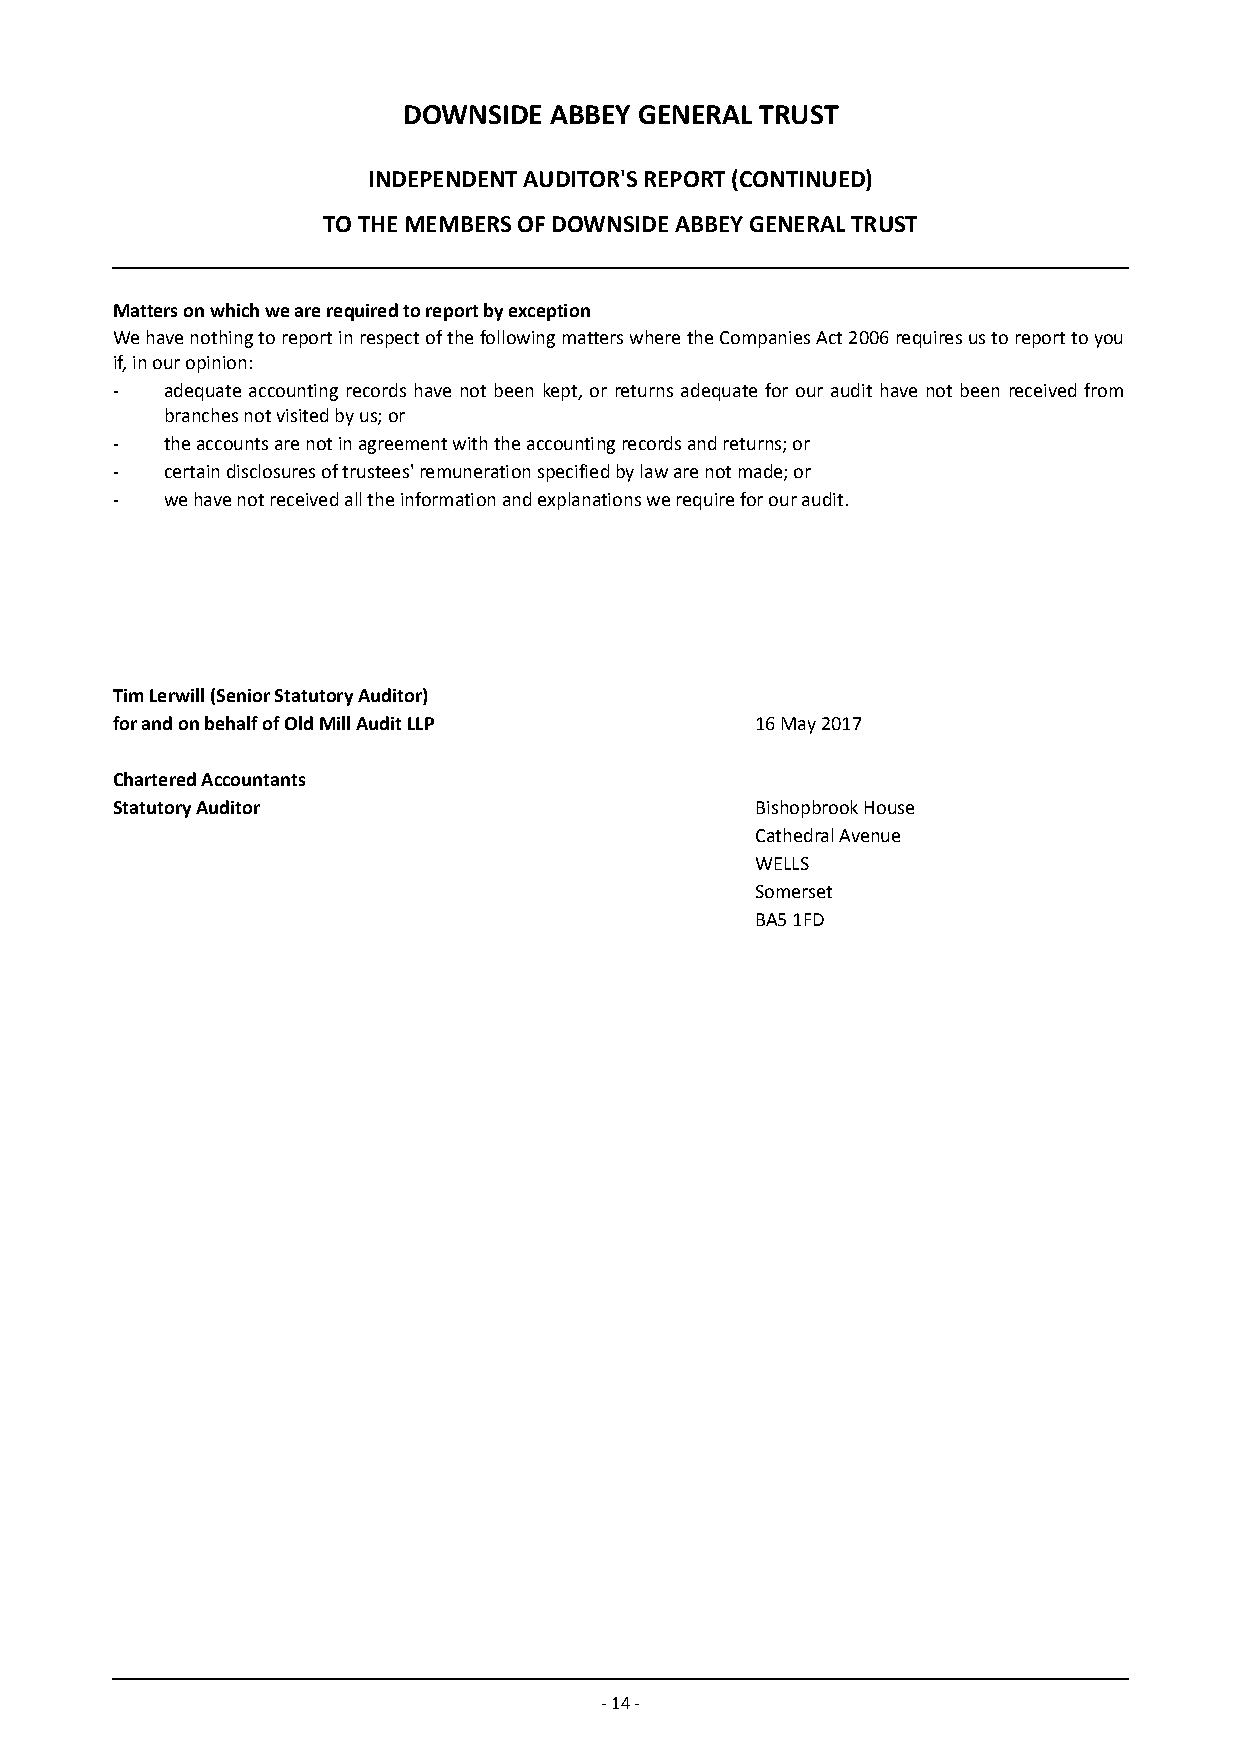
DOWNSIDE ABBEY GENERAL TRUST
 INDEPENDENT AUDITOR'S REPORT (CONTINUED)
 TO THE MEMBERS OF DOWNSIDE ABBEY GENERAL TRUST
 Matters on which we are required to report by exception
 We have nothing to report in respect of the following matters where the Companies Act 2006 requires us to report to you
 if, in our opinion:
 -   adequate accounting records have not been kept, or returns adequate for our audit have not been received from
 branches not visited by us; or
 -   the accounts are not in agreement with the accounting records and returns; or
 -   certain disclosures of trustees' remuneration specified by law are not made; or
 -   we have not received all the information and explanations we require for our audit.
 Tim Lerwill (Senior Statutory Auditor)
 for and on behalf of Old Mill Audit LLP    16 May 2017
 Chartered Accountants
 Statutory Auditor                          Bishopbrook House
 Cathedral Avenue
 WELLS
 Somerset
 BA5 1FD
 - 14 -